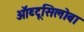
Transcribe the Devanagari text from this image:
ऑब्टूसिलोबा